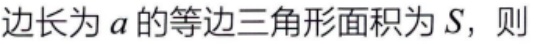
边长为\(a\)的等边三角形面积为\(S\)，则